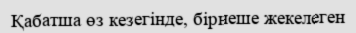
Қабатша өз кезегінде, бірнеше жекелеген